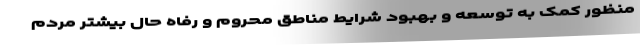
منظور کمک به توسعه و بهبود شرایط مناطق محروم و رفاه حال بیشتر مردم